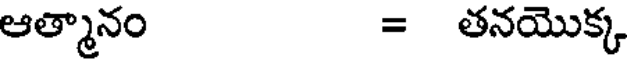
ఆత్మానం = తనయొక్క